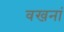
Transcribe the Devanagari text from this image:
वखनां